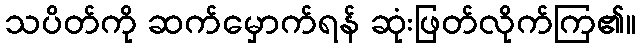
သပိတ်ကို ဆက်မှောက်ရန် ဆုံးဖြတ်လိုက်ကြ၏။